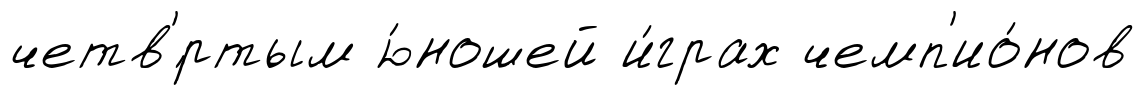
четв'́ртым ю́ношей и́грах чемп'ио́нов